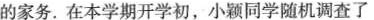
的家务。在本学期开学初，小颖同学随机调查了